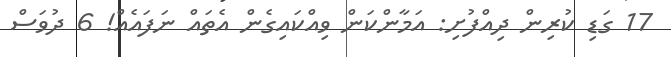
17 ގަޑި ކުރިން ދިއްފުށި: އަމާންކަން ވިއްކައިގެން އެތައް ނަފައެއް! 6 ދުވަސް